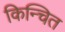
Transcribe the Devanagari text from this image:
किन्चित